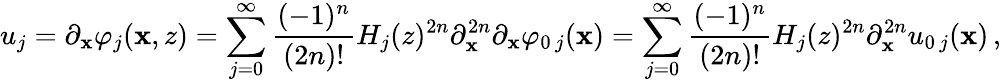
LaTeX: u_{j}=\partial_{\mathbf{x}}\varphi_{j}(\mathbf{x},z)=\sum_{j=0}^{\infty}\frac{{(-1)^{n}}}{{(2n)!}}H_{j}(z)^{2n}\partial_{\mathbf{x}}^{2n}\partial_{\mathbf{x}}\varphi_{0\, j}(\mathbf{x})=\sum_{j=0}^{\infty}\frac{{(-1)^{n}}}{{(2n)!}}H_{j}(z)^{2n}\partial_{\mathbf{x}}^{2n}u_{0\, j}(\mathbf{x})\, ,